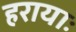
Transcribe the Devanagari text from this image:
हरायाः